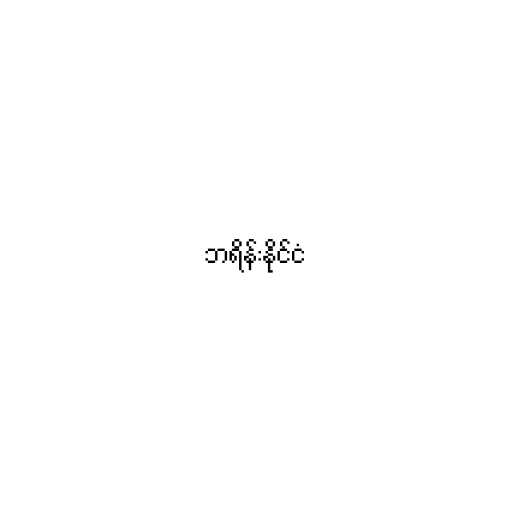
ဘရိန်းနိုင်ငံ